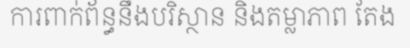
ការពាក់ព័ន្ធនឹងបរិស្ថាន និងតម្លាភាព តែង